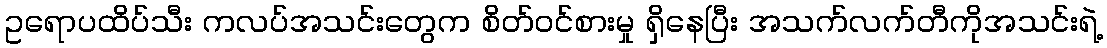
ဥရောပထိပ်သီး ကလပ်အသင်းတွေက စိတ်ဝင်စားမှု ရှိနေပြီး အသက်လက်တီကိုအသင်းရဲ့